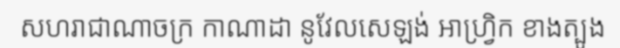
សហរាជាណាចក្រ កាណាដា នូវែលសេឡង់ អាហ្វ្រិក ខាងត្បូង